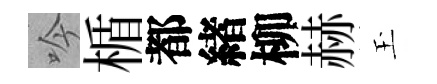
吟楯都緖柳赫玉